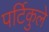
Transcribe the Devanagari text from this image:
पर्टिकुले